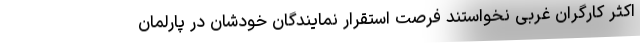
اکثر کارگران غربی نخواستند فرصت استقرار نمایندگان خودشان در پارلمان‌